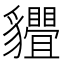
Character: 𧴢